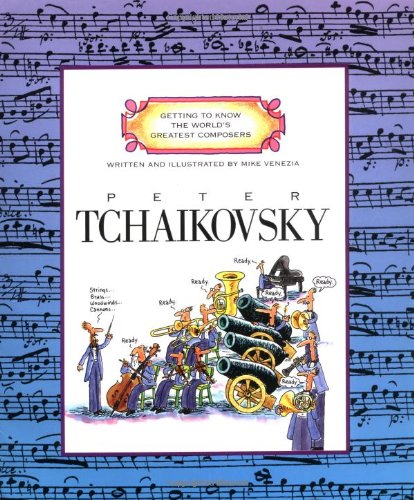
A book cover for Peter Tchaikovsky (Getting to Know the World's Greatest Composers); Mike Venezia; Children's Books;